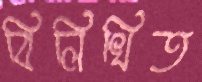
বিলিখিত